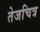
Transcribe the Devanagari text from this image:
तेजचित्र